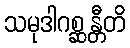
သမုဒါဂစ္ဆန္တီတိ